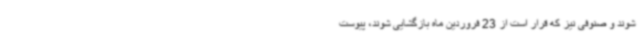
شوند و صنوفی نیز که قرار است از 23 فروردین ماه بازگشایی ‌شوند، پیوست